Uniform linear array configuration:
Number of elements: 4
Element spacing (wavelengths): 0.5
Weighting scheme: kaiser
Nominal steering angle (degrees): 30
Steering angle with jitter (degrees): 29.354
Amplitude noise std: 0.05
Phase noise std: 0.05

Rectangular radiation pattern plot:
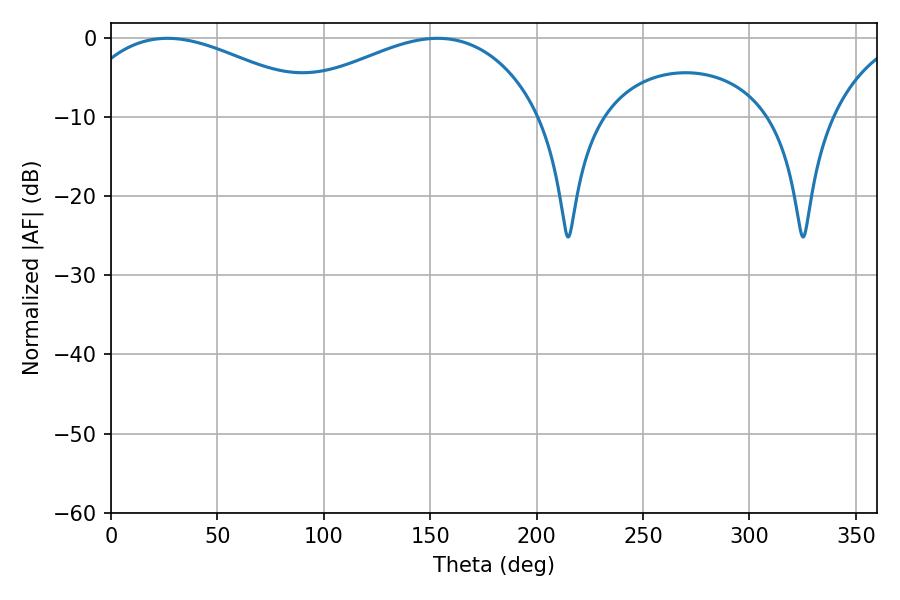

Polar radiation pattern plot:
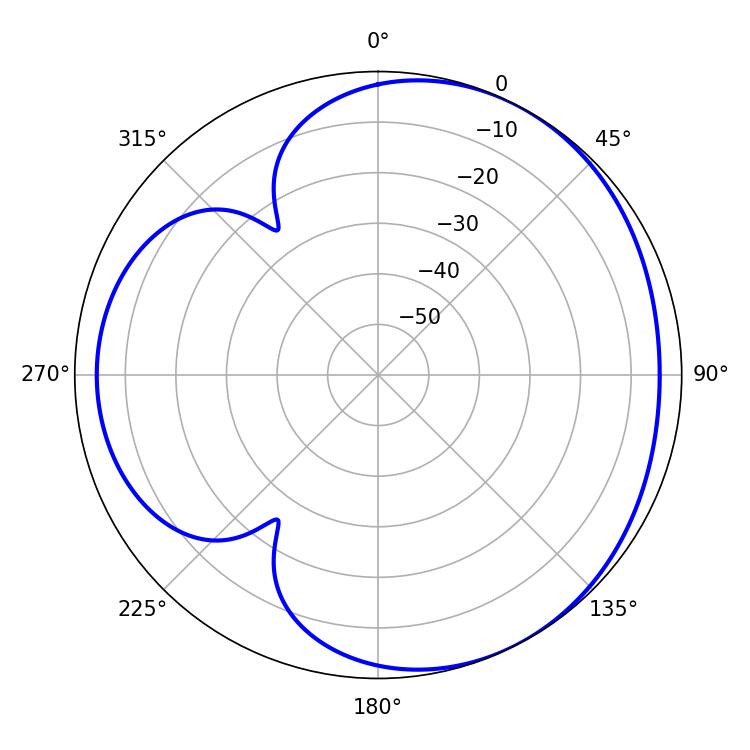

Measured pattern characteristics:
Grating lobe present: FALSE
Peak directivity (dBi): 3.601
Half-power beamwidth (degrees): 66.24
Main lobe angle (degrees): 26.46